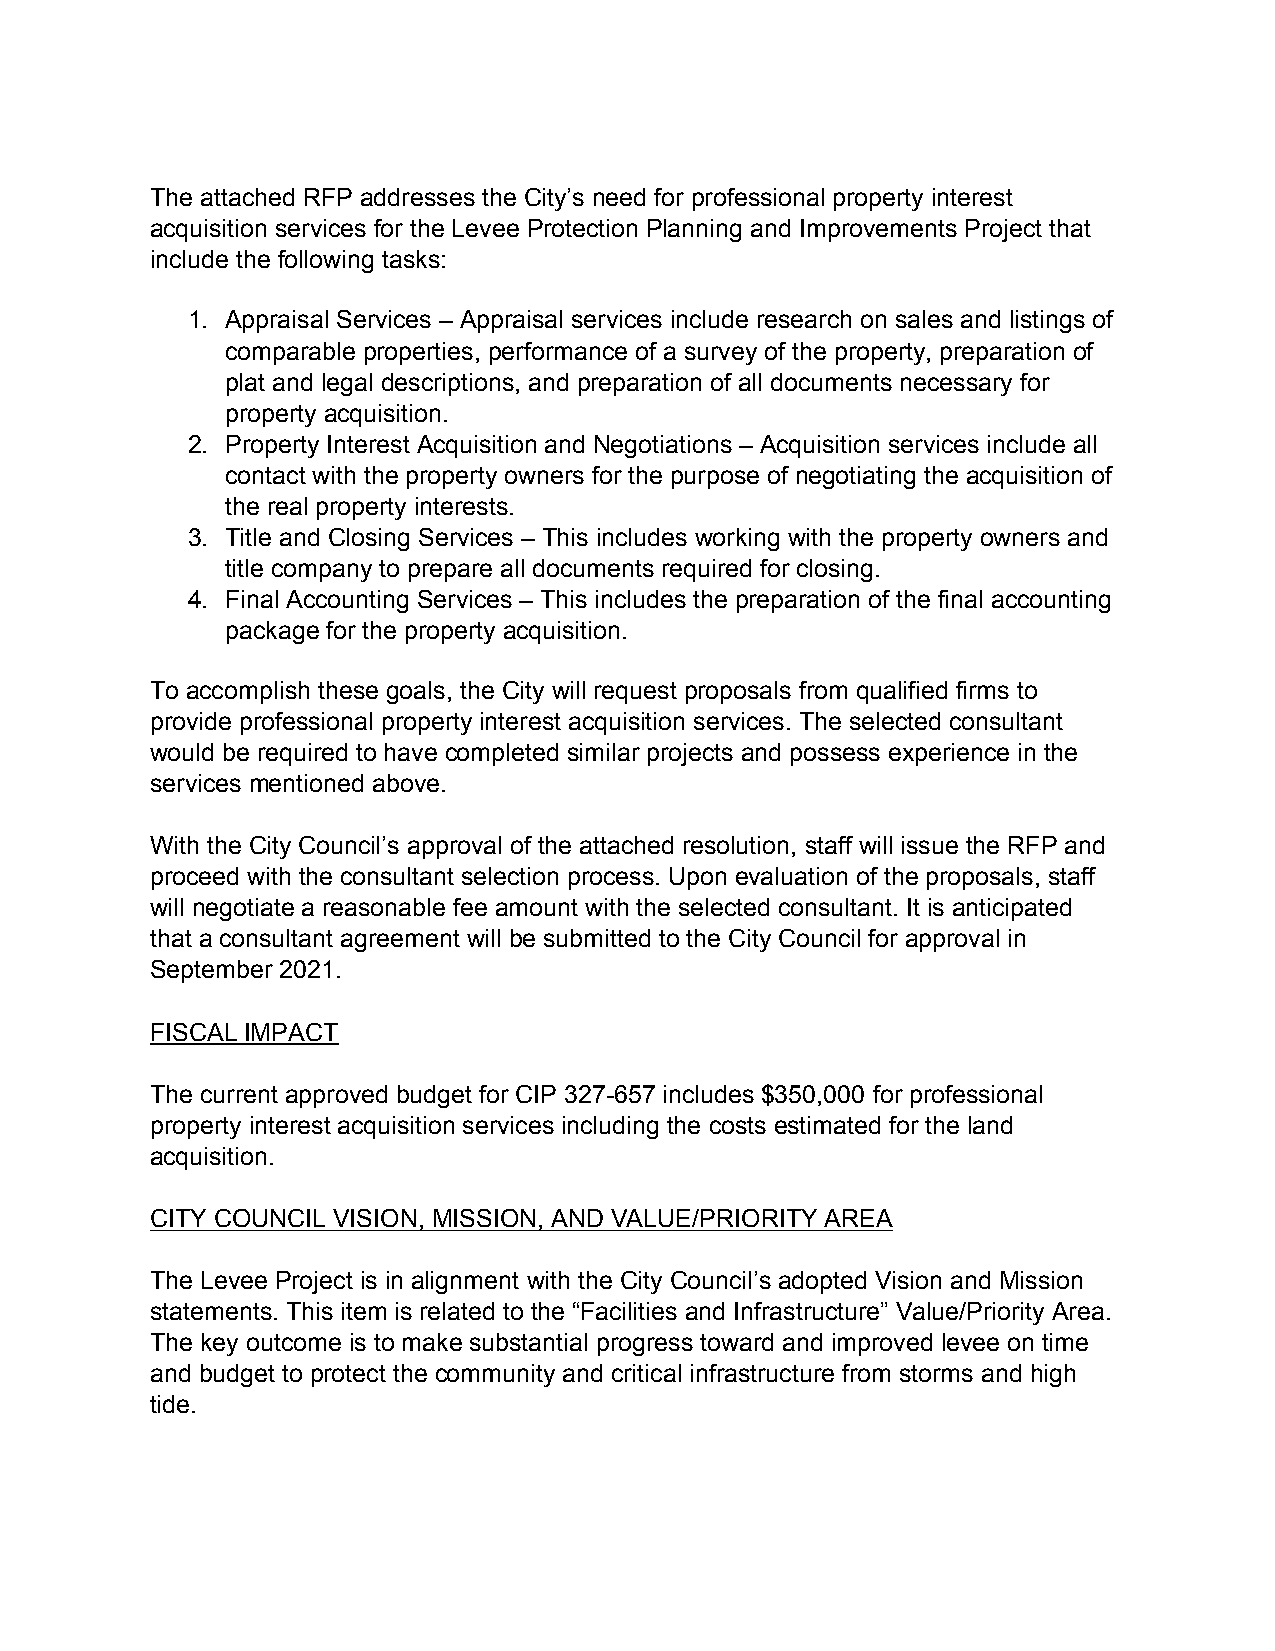
The attached RFP addresses the City’s need for professional property interest
 acquisition services for the Levee Protection Planning and Improvements Project that
 include the following tasks:
 1. Appraisal Services – Appraisal services include research on sales and listings of
 comparable properties, performance of a survey of the property, preparation of
 plat and legal descriptions, and preparation of all documents necessary for
 property acquisition.
 2. Property Interest Acquisition and Negotiations – Acquisition services include all
 contact with the property owners for the purpose of negotiating the acquisition of
 the real property interests.
 3. Title and Closing Services – This includes working with the property owners and
 title company to prepare all documents required for closing.
 4. Final Accounting Services – This includes the preparation of the final accounting
 package for the property acquisition.
 To accomplish these goals, the City will request proposals from qualified firms to
 provide professional property interest acquisition services. The selected consultant
 would be required to have completed similar projects and possess experience in the
 services mentioned above.
 With the City Council’s approval of the attached resolution, staff will issue the RFP and
 proceed with the consultant selection process. Upon evaluation of the proposals, staff
 will negotiate a reasonable fee amount with the selected consultant. It is anticipated
 that a consultant agreement will be submitted to the City Council for approval in
 September 2021.
 FISCAL IMPACT
 The current approved budget for CIP 327-657 includes $350,000 for professional
 property interest acquisition services including the costs estimated for the land
 acquisition.
 CITY COUNCIL VISION, MISSION, AND VALUE/PRIORITY AREA
 The Levee Project is in alignment with the City Council’s adopted Vision and Mission
 statements. This item is related to the “Facilities and Infrastructure” Value/Priority Area.
 The key outcome is to make substantial progress toward and improved levee on time
 and budget to protect the community and critical infrastructure from storms and high
 tide.